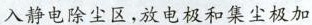
入静电除尘区，放电极和集尘极加